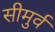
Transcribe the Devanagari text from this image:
सीमुर्व